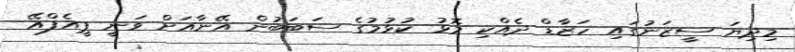
މިދިޔަ ސީޒަނުގައި ހަޒާޑް ދެއްކި މޮޅު ކުޅުމުގެ ސަބަބުން އޭނާއަށް ވަނީ ޕީއެފްއޭ